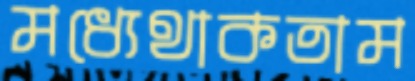
মধ্যেথাকতাম